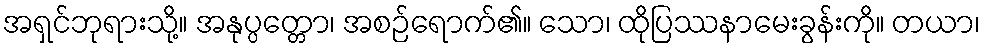
အရှင်ဘုရားသို့။ အနုပ္ပတ္တော၊ အစဉ်ရောက်၏။ သော၊ ထိုပြဿနာမေးခွန်းကို။ တယာ၊